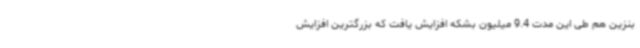
بنزین هم طی این مدت 9.4 میلیون بشکه افزایش یافت که بزرگترین افزایش